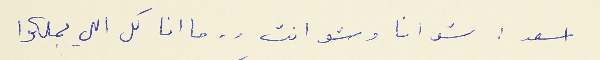
اسعد : شو انا وشو انت . . ما انا كل اللي بملكوا